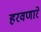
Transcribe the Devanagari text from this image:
हरवणारे